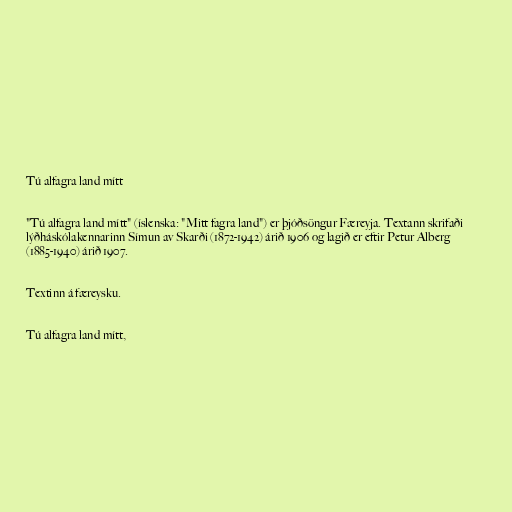
Tú alfagra land mítt

"Tú alfagra land mítt" (íslenska: "Mitt fagra land") er þjóðsöngur Færeyja. Textann skrifaði
lýðháskólakennarinn Símun av Skarði (1872-1942) árið 1906 og lagið er eftir Petur Alberg
(1885-1940) árið 1907.

Textinn á færeysku.

Tú alfagra land mítt,